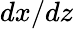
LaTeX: dx/dz